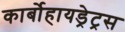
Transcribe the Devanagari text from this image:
कार्बोहायड्रेट्रस